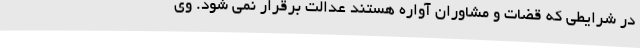
در شرایطی که قضات و مشاوران آواره هستند عدالت برقرار نمی شود. وی